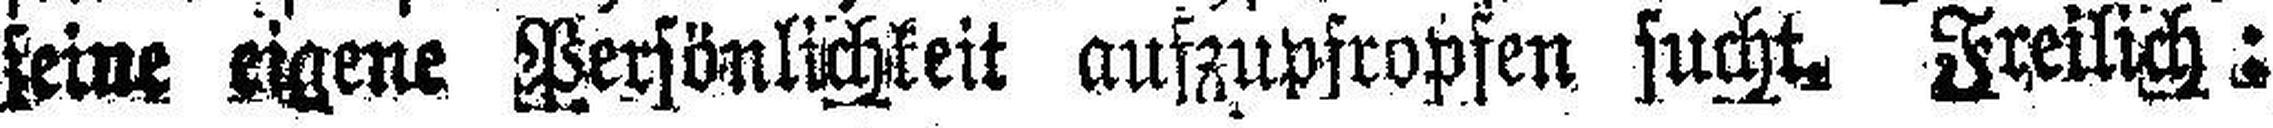
seine eigene Persönlichkeit aufzupfropfen sucht. Freilich: